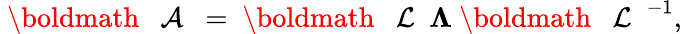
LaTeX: \begin{array}{r}{{{{\mathrm{~\boldmath~{~\cal~A~}~}}}}={{{\mathrm{~\boldmath~{~\cal~L~}~}}}}{\mathbf\Lambda}{{{\mathrm{~\boldmath~{~\cal~L~}~}}}}^{-1},}\end{array}